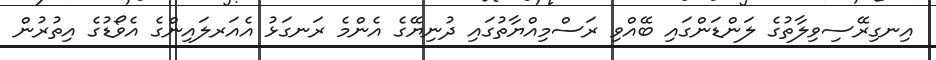
އިނގިރޭސިވިލާތުގެ ލަންޑަންގައި ބޭއްވި ރަސްމިއްޔާތުގައި ދުނިޔޭގެ އެންމެ ރަނގަޅު އެއަރލައިންގެ އެވޯޑުގެ އިތުރުން